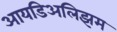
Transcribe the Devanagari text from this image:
आयडिअलिझम